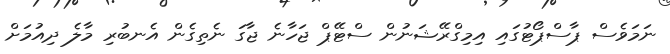
ނަމަވެސް ޕާސްޕޯޓުގައި އިމިގްރޭޝަނުން ސްޓޭޕް ޖަހާނެ ޖާގަ ނެތިގެން އެނބުރި މާލެ ދިއުމަށް